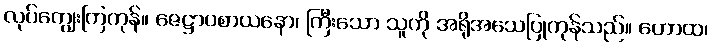
လုပ်ကျွေးကြကုန်။ ဇေဋ္ဌာပစာယနော၊ ကြီးသော သူကို အရိုအသေပြုကုန်သည်။ ဟောထ၊